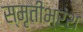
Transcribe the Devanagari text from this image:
स्मृतीभ्रंश